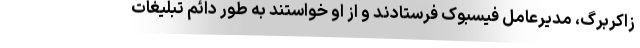
زاکربرگ، مدیرعامل فیسبوک فرستادند و از او خواستند به طور دائم تبلیغات